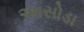
અાસોડા